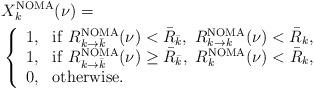
LaTeX: \begin{align*}&X_k^{\rm NOMA}(\nu)=\\&\left\{\begin{array}{ll} 1,& {\rm if}\ R_{k\rightarrow\bar{k}}^{\rm NOMA}(\nu)<\bar R_{\bar k}, \ R_{k\rightarrow k}^{\rm NOMA}(\nu)<\bar R_k,\\1, & {\rm if}\ R_{k\rightarrow\bar{k}}^{\rm NOMA}(\nu)\ge\bar R_{\bar k}, \ R_k^{\rm NOMA}(\nu)<\bar R_k, \\0, & {\rm otherwise.}\end{array}\right. \end{align*}